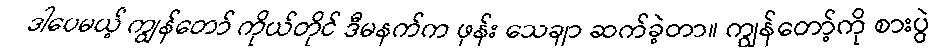
ဒါပေမယ့် ကျွန်တော် ကိုယ်တိုင် ဒီမနက်က ဖုန်း သေချာ ဆက်ခဲ့တာ။ ကျွန်တော့်ကို စားပွဲ